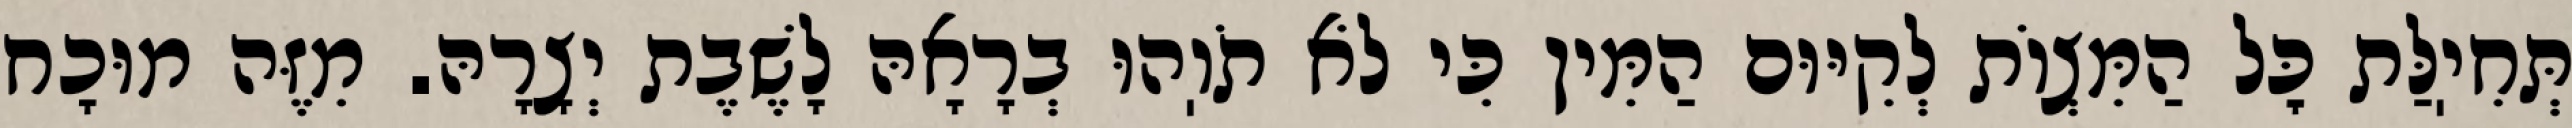
תְּחִיֽלַּת כׇּל הַמִּצְוֹת לְקִיּוּם הַמִּין כִּי לֹא תֹוֽהוּ בְרָאָהּ לָשֶׁבֶת יְצָרָהּ. מִזֶּה מוּכָח